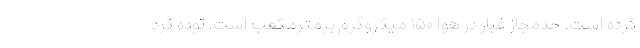
کرده است. حدمجاز غبار در هوا ۱۵۰ میکروگرم برمترمکعب است. توده گرد